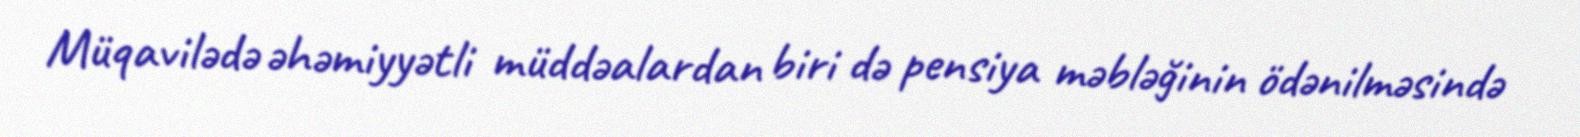
Müqavilədə əhəmiyyətli müddəalardan biri də pensiya məbləğinin ödənilməsində